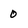
Character: 0